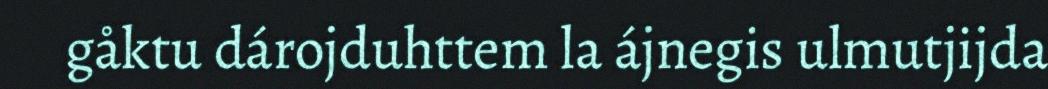
gåktu dárojduhttem la ájnegis ulmutjijda